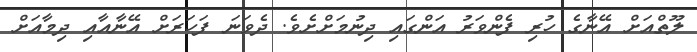
ލޫތްއަށް އޭނާގެ ހުރި ފެންވަރު އަންގައި ދިނުމަށްށެވެ. ދެވަނަ ފަހަރަށް އޭނާއާއި ދިމާއަށް